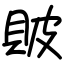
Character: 貱